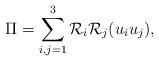
LaTeX: \begin{align*} \Pi=\sum_{i,j=1}^{3}\mathcal{R}_{i}\mathcal{R}_{j}(u_{i}u_{j}),\end{align*}